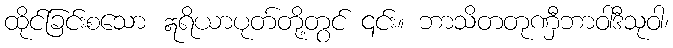
ထိုင်ခြင်းစသော ဣရိယာပုတ်တို့တွင် ၎င်း။ ဘာသိတတုဏှီဘာဝါဒီသုဝါ၊